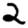
Digit: 2